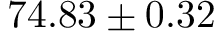
7 4 . 8 3 \pm 0 . 3 2